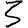
Digit: 3